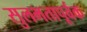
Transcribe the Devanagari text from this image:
सुलभतापूर्वक